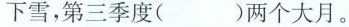
下雪，第三季度()两个大月。